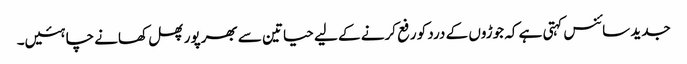
جدید سائنس کہتی ہے کہ جوڑوں کے درد کو رفع کرنے کے لیے حیاتین سے بھرپور پھل کھانے چاہئیں۔